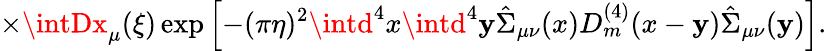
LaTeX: \times\intDx_{\mu}(\xi)\exp\left[-(\pi\eta)^{2}\intd^{4}x\intd^{4}\mathbf{y}\hat{{\Sigma}}_{\mu\nu}(x)D_{m}^{(4)}(x-\mathbf{y})\hat{{\Sigma}}_{\mu\nu}(\mathbf{y})\right].